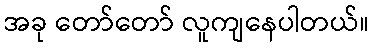
အခု တော်တော် လူကျနေပါတယ်။